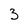
Character: 3